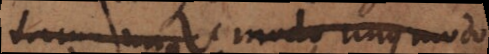
tum modo unus modo